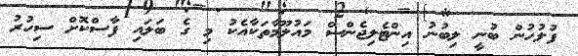
ފުލުހުން ބުނީ ލިބުނު އިންޓެލިޖެންސް މައުލޫމާތަކާއެކު މި ގެ ބަލައި ފާސްކޮށް ސިހުރު